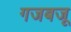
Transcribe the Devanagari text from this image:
गजबजू